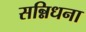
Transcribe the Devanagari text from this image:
सन्निधना